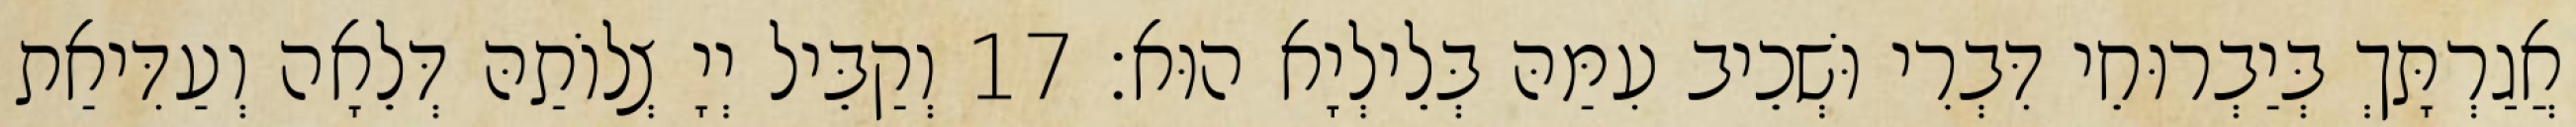
אֲגַרְתָּךְ בְּיַבְרוּחֵי דִּבְרִי וּשְׁכֵיב עִמַּהּ בְּלֵילְיָא הוּא׃ 17 וְקַבֵּיל יְיָ צְלוֹתַהּ דְּלֵאָה וְעַדִּיאַת